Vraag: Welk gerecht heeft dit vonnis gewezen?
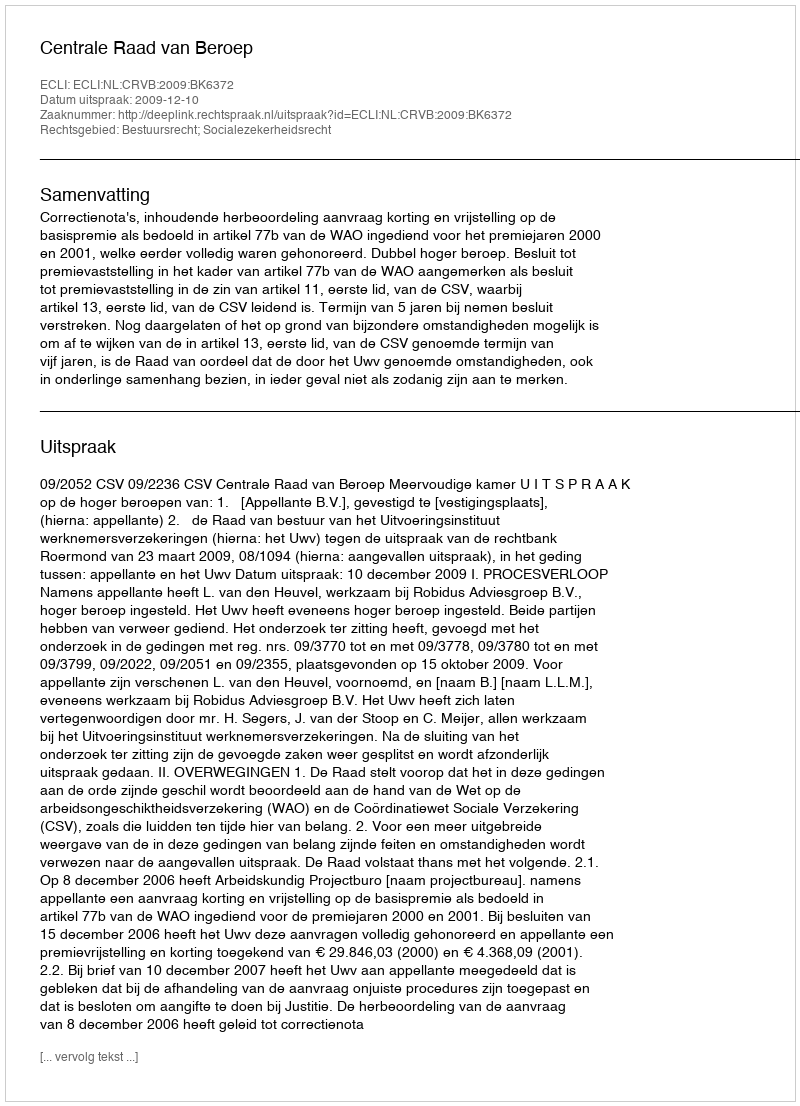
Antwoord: Centrale Raad van Beroep